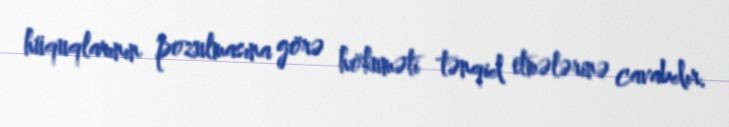
hüquqlarının pozulmasına görə hökuməti tənqid etmələrinə cavabdır.